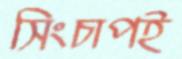
সিংচাপই